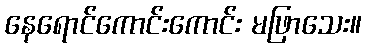
နေရောင်ကောင်းကောင်း မဖြာသေး။